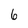
Character: 6